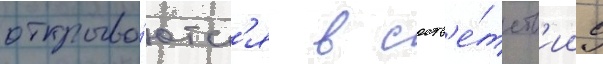
открыва́ютс'я в соотв'е́тств'ии с